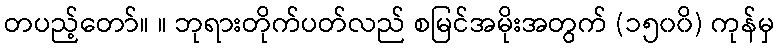
တပည့်တော်။ ။ ဘုရားတိုက်ပတ်လည် စမြင်အမိုးအတွက် (၁၅၀၀ိ) ကုန်မှ